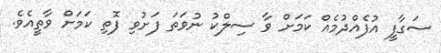
ސަގާފީ އުފެއްދުމެއް ކަމަށް ވާ ސިލްކު ނުވަތަ ފަށުވި ފޮތި ކަމަށް ވާތީއެވެ.